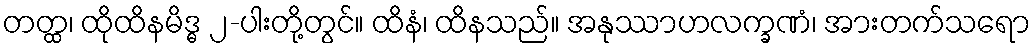
တတ္ထ၊ ထိုထိနမိဒ္ဓ ၂-ပါးတို့တွင်။ ထိနံ၊ ထိနသည်။ အနုဿာဟလက္ခဏံ၊ အားတက်သရော